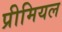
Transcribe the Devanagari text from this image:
प्रीमियल